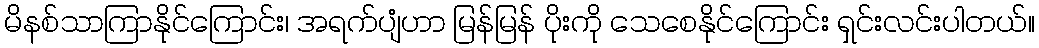
မိနစ်သာကြာနိုင်ကြောင်း၊ အရက်ပျံဟာ မြန်မြန် ပိုးကို သေစေနိုင်ကြောင်း ရှင်းလင်းပါတယ်။